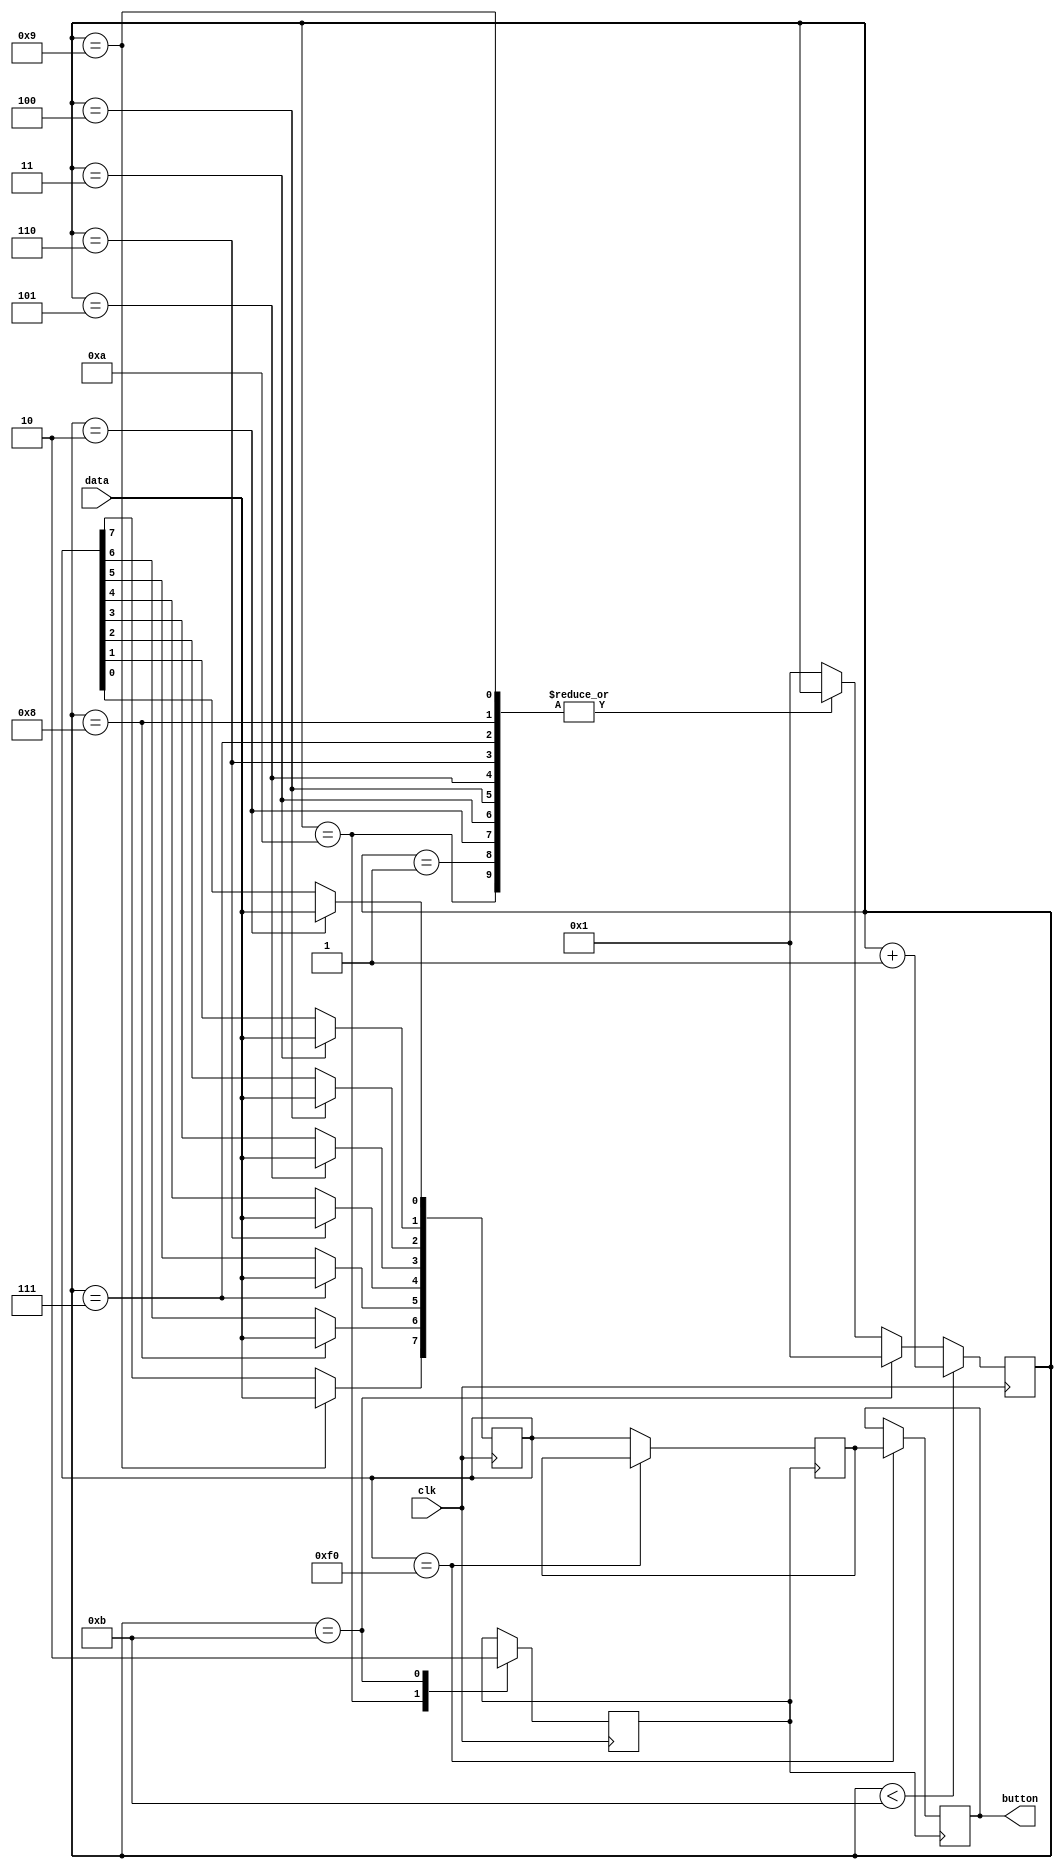
/*
 * Initial keyboard interface. It displays to the LEDs the last button released.
 * This is not used, please disregard it.
 *
 */
module keyboard(clk, data, button);
  input clk;
  input data;
  output reg [7:0] button;

  reg [7:0] current_data;
  reg [7:0] prev_data;
  reg [3:0] data_bit;
  reg flag;
  
  initial begin
    data_bit <= 4'h1;
	 flag <=1'b0;
	 current_data <= 8'hf0;
	 prev_data <= 8'hf0;
	 button <= 8'ha0;
  end
					 
  always @(negedge clk) begin
    case(data_bit)
	  1:; // Start bit, isn't used.
	  2:current_data[0] <= data;
	  3:current_data[1] <= data;
	  4:current_data[2] <= data;
	  5:current_data[3] <= data;
	  6:current_data[4] <= data;
     7:current_data[5] <= data;
	  8:current_data[6] <= data;
	  9:current_data[7] <= data;
	  10:flag <= 1'b1; // Should be 1, polarity bit.
	  11:flag <= 1'b0; // Should be 0, ending bit.
	  default:data_bit <=1; // Shouldn't happen.
	 endcase
    
	 // Increment the data_bit while the last bit hasn't been received.
	 if (data_bit < 11)
	   data_bit <= data_bit + 1'b1;
	 else if(data_bit == 11) // Last bit received, reset which bit is currently being received.
	   data_bit <= 1'b1;
  
  end
  
  // Whenever flag changes, that mean the last two bits have arrived, once the button is released,
  // f0, and then the key code for the button is transmitted from the keyboard.
  // This currently doesn't work with buttons that have multiple bytes transmitted like Home, Delete, and the arrow keys.
  always@(posedge flag) begin
    if(current_data == 8'hf0)
	   button <= prev_data;
	 else
	   prev_data <= current_data;
  end
					 
endmodule